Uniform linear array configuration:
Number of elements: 24
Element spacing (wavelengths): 1
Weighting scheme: cosine
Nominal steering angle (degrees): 15
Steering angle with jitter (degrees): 13.855
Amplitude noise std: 0.05
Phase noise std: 0.05

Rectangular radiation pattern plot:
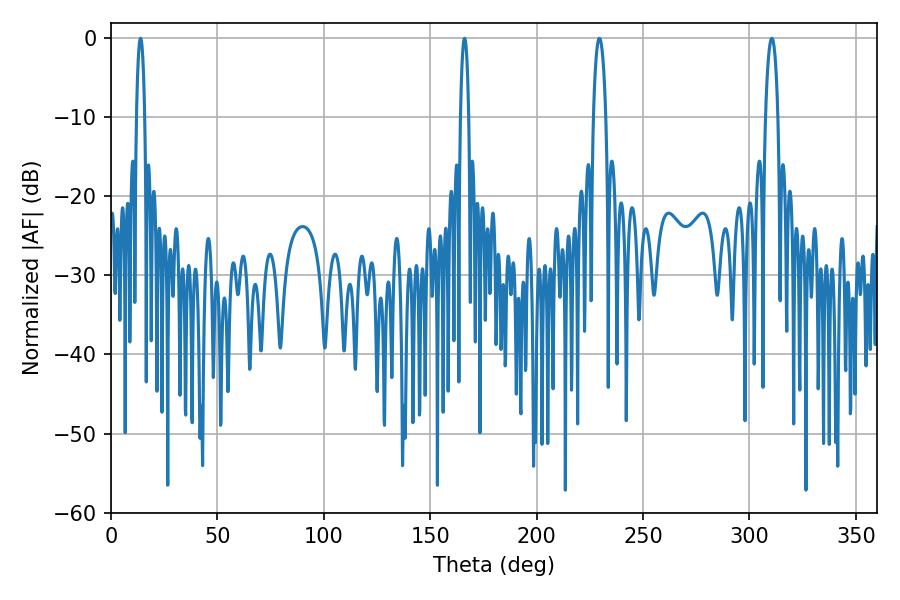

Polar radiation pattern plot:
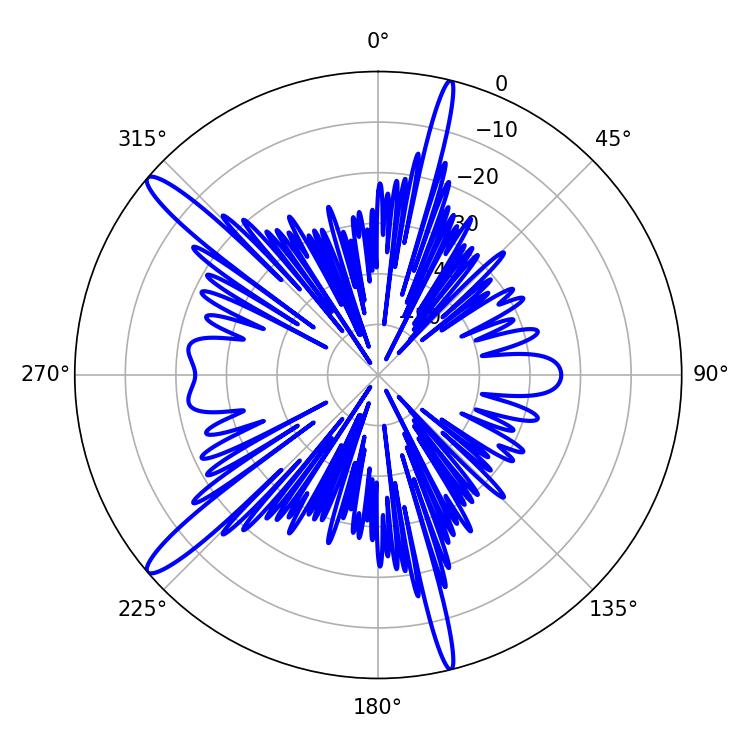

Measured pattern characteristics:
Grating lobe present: TRUE
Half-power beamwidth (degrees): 3.24
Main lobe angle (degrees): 310.5